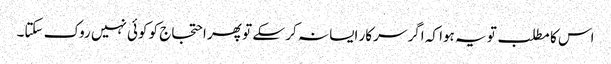
اس کا مطلب تو یہ ہوا کہ اگر سرکار ایسا نہ کر سکے تو پھر احتجاج کو کوئی نہیں روک سکتا۔